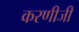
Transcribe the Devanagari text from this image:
करणीजी